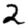
Digit: 2